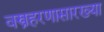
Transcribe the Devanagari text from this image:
वस्त्रहरणासारख्या